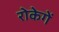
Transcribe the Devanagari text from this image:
रोकेगें